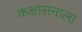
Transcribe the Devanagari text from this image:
कक्षासनाला